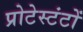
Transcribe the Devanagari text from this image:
प्रोटेस्टंटों